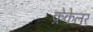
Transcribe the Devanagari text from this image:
क्रेकेलर